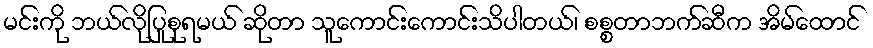
မင်းကို ဘယ်လိုပြုစုရမယ် ဆိုတာ သူကောင်းကောင်းသိပါတယ်၊ စစ္စတာဘက်ဆီက အိမ်ထောင်